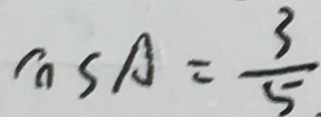
\cos A = \frac { 3 } { 5 }